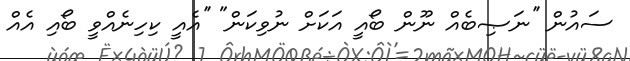
ސައުން ''ނަޞިބެއް ނޫން ބޯއީ އަކަށް ނުވިކަން" ''އެއީ ކިހިނެއްވީ ބޯއި އެއް